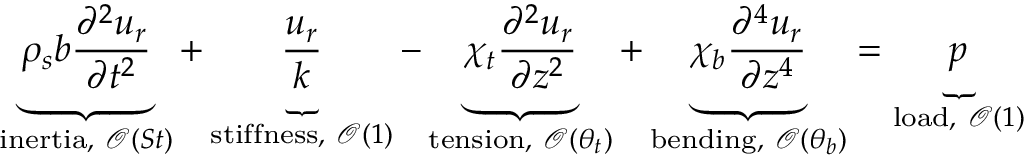
\underbrace { \rho _ { s } b \frac { \partial ^ { 2 } u _ { r } } { \partial t ^ { 2 } } } _ { \mathrm { i n e r t i a } , ~ \mathcal { O } ( S t ) } + \underbrace { \frac { u _ { r } } { k } } _ { \mathrm { s t i f f n e s s } , ~ \mathcal { O } ( 1 ) } - \underbrace { \chi _ { t } \frac { \partial ^ { 2 } u _ { r } } { \partial z ^ { 2 } } } _ { \mathrm { t e n s i o n } , ~ \mathcal { O } ( \theta _ { t } ) } + \underbrace { \chi _ { b } \frac { \partial ^ { 4 } u _ { r } } { \partial z ^ { 4 } } } _ { \mathrm { b e n d i n g } , ~ \mathcal { O } ( \theta _ { b } ) } = \underbrace { p } _ { \mathrm { l o a d } , ~ \mathcal { O } ( 1 ) }